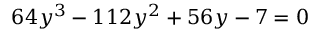
6 4 y ^ { 3 } - 1 1 2 y ^ { 2 } + 5 6 y - 7 = 0